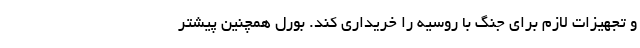
و تجهیزات لازم برای جنگ با روسیه را خریداری کند. بورل همچنین پیشتر